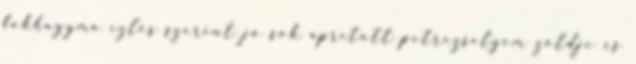
fokhagyma ízlés szerint jó sok aprított petrezselyem zöldje és